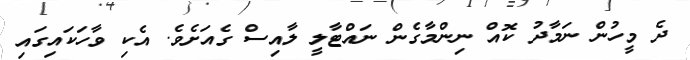
ދެ މީހުން ނަމާދު ކޮއް ނިންމާގެން ނައްޓާލީ ލާއިސް ގެއަށެވެ. އެކި ވާހަކައިގައި